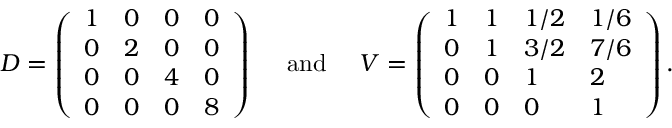
\begin{array} { r } { D = \left( \begin{array} { l l l l } { 1 } & { 0 } & { 0 } & { 0 } \\ { 0 } & { 2 } & { 0 } & { 0 } \\ { 0 } & { 0 } & { 4 } & { 0 } \\ { 0 } & { 0 } & { 0 } & { 8 } \end{array} \right) \quad \mathrm { ~ a n d ~ } \quad V = \left( \begin{array} { l l l l } { 1 } & { 1 } & { 1 / 2 } & { 1 / 6 } \\ { 0 } & { 1 } & { 3 / 2 } & { 7 / 6 } \\ { 0 } & { 0 } & { 1 } & { 2 } \\ { 0 } & { 0 } & { 0 } & { 1 } \end{array} \right) . } \end{array}